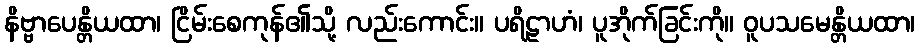
နိဗ္ဗာပေန္တိယထာ၊ ငြိမ်းစေကုန်၏သို့ လည်းကောင်း။ ပရိဠာဟံ၊ ပူအိုက်ခြင်းကို။ ဝူပသမေန္တိယထာ၊